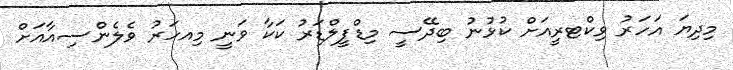
މިދިޔަ އަހަރު ވިކްޓރީއަށް ކުޅުނު ބިދޭސީ މިޑްފީލްޑަރު ކަކާ ވަނީ މިއހަރު ވެލެންސިއާއަށް